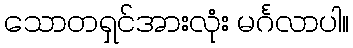
သောတရှင်အားလုံး မင်္ဂလာပါ။